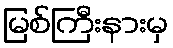
မြစ်ကြီးနားမှ